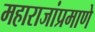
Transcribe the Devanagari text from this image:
महाराजांप्रमाणे